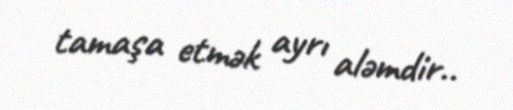
tamaşa etmək ayrı aləmdir..